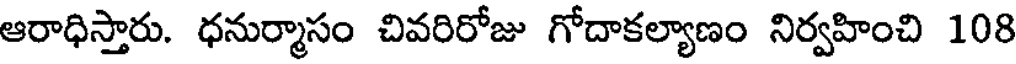
ఆరాధిస్తారు. ధనుర్మాసం చివరిరోజు గోదాకల్యాణం నిర్వహించి 108